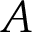
A